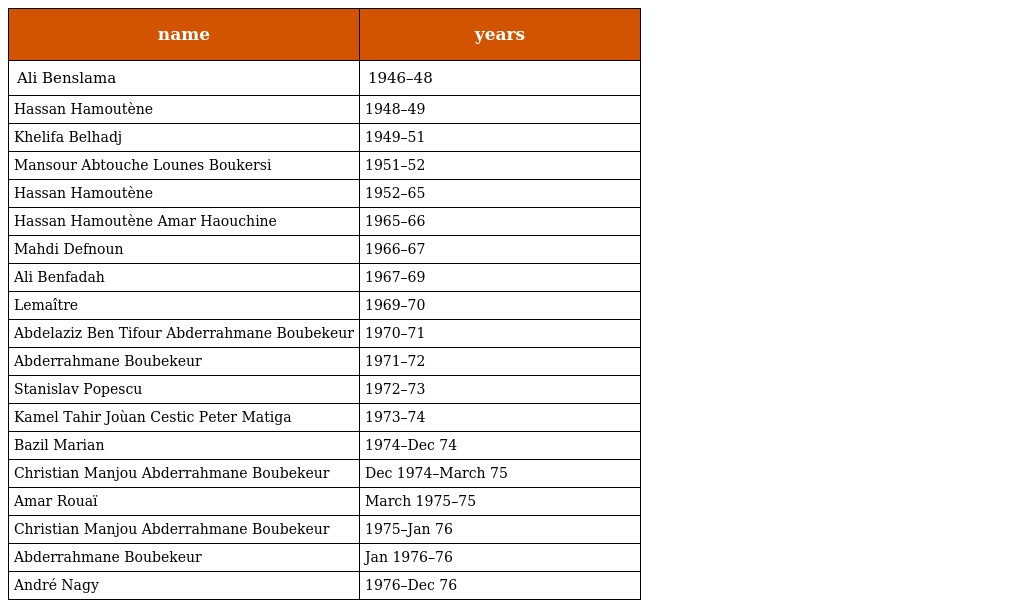
| name | years |
 | --- | --- |
 | Ali Benslama | 1946–48 |
 | Hassan Hamoutène | 1948–49 |
 | Khelifa Belhadj | 1949–51 |
 | Mansour Abtouche Lounes Boukersi | 1951–52 |
 | Hassan Hamoutène | 1952–65 |
 | Hassan Hamoutène Amar Haouchine | 1965–66 |
 | Mahdi Defnoun | 1966–67 |
 | Ali Benfadah | 1967–69 |
 | Lemaître | 1969–70 |
 | Abdelaziz Ben Tifour Abderrahmane Boubekeur | 1970–71 |
 | Abderrahmane Boubekeur | 1971–72 |
 | Stanislav Popescu | 1972–73 |
 | Kamel Tahir Joùan Cestic Peter Matiga | 1973–74 |
 | Bazil Marian | 1974–Dec 74 |
 | Christian Manjou Abderrahmane Boubekeur | Dec 1974–March 75 |
 | Amar Rouaï | March 1975–75 |
 | Christian Manjou Abderrahmane Boubekeur | 1975–Jan 76 |
 | Abderrahmane Boubekeur | Jan 1976–76 |
 | André Nagy | 1976–Dec 76 |